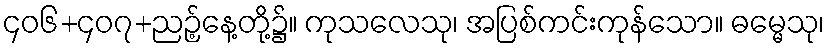
၄၀၆+၄၀၇+ညဉ့်နေ့တို့၌။ ကုသလေသု၊ အပြစ်ကင်းကုန်သော။ ဓမ္မေသု၊